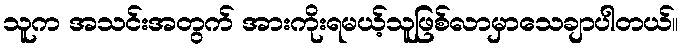
သူက အသင်းအတွက် အားကိုးရမယ့်သူဖြစ်လာမှာသေချာပါတယ်။